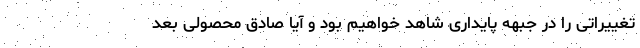
تغییراتی را در جبهه پایداری شاهد خواهیم بود و آیا صادق محصولی بعد